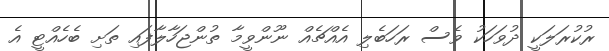
ރުކުރަލަކީ ދުވަހަކު ވެސް ރަހަބެލި އެއްޗެއް ނޫންވީމާ ތުންޖަހާލާފައި ތަށި ބެހެއްޓީ އެ